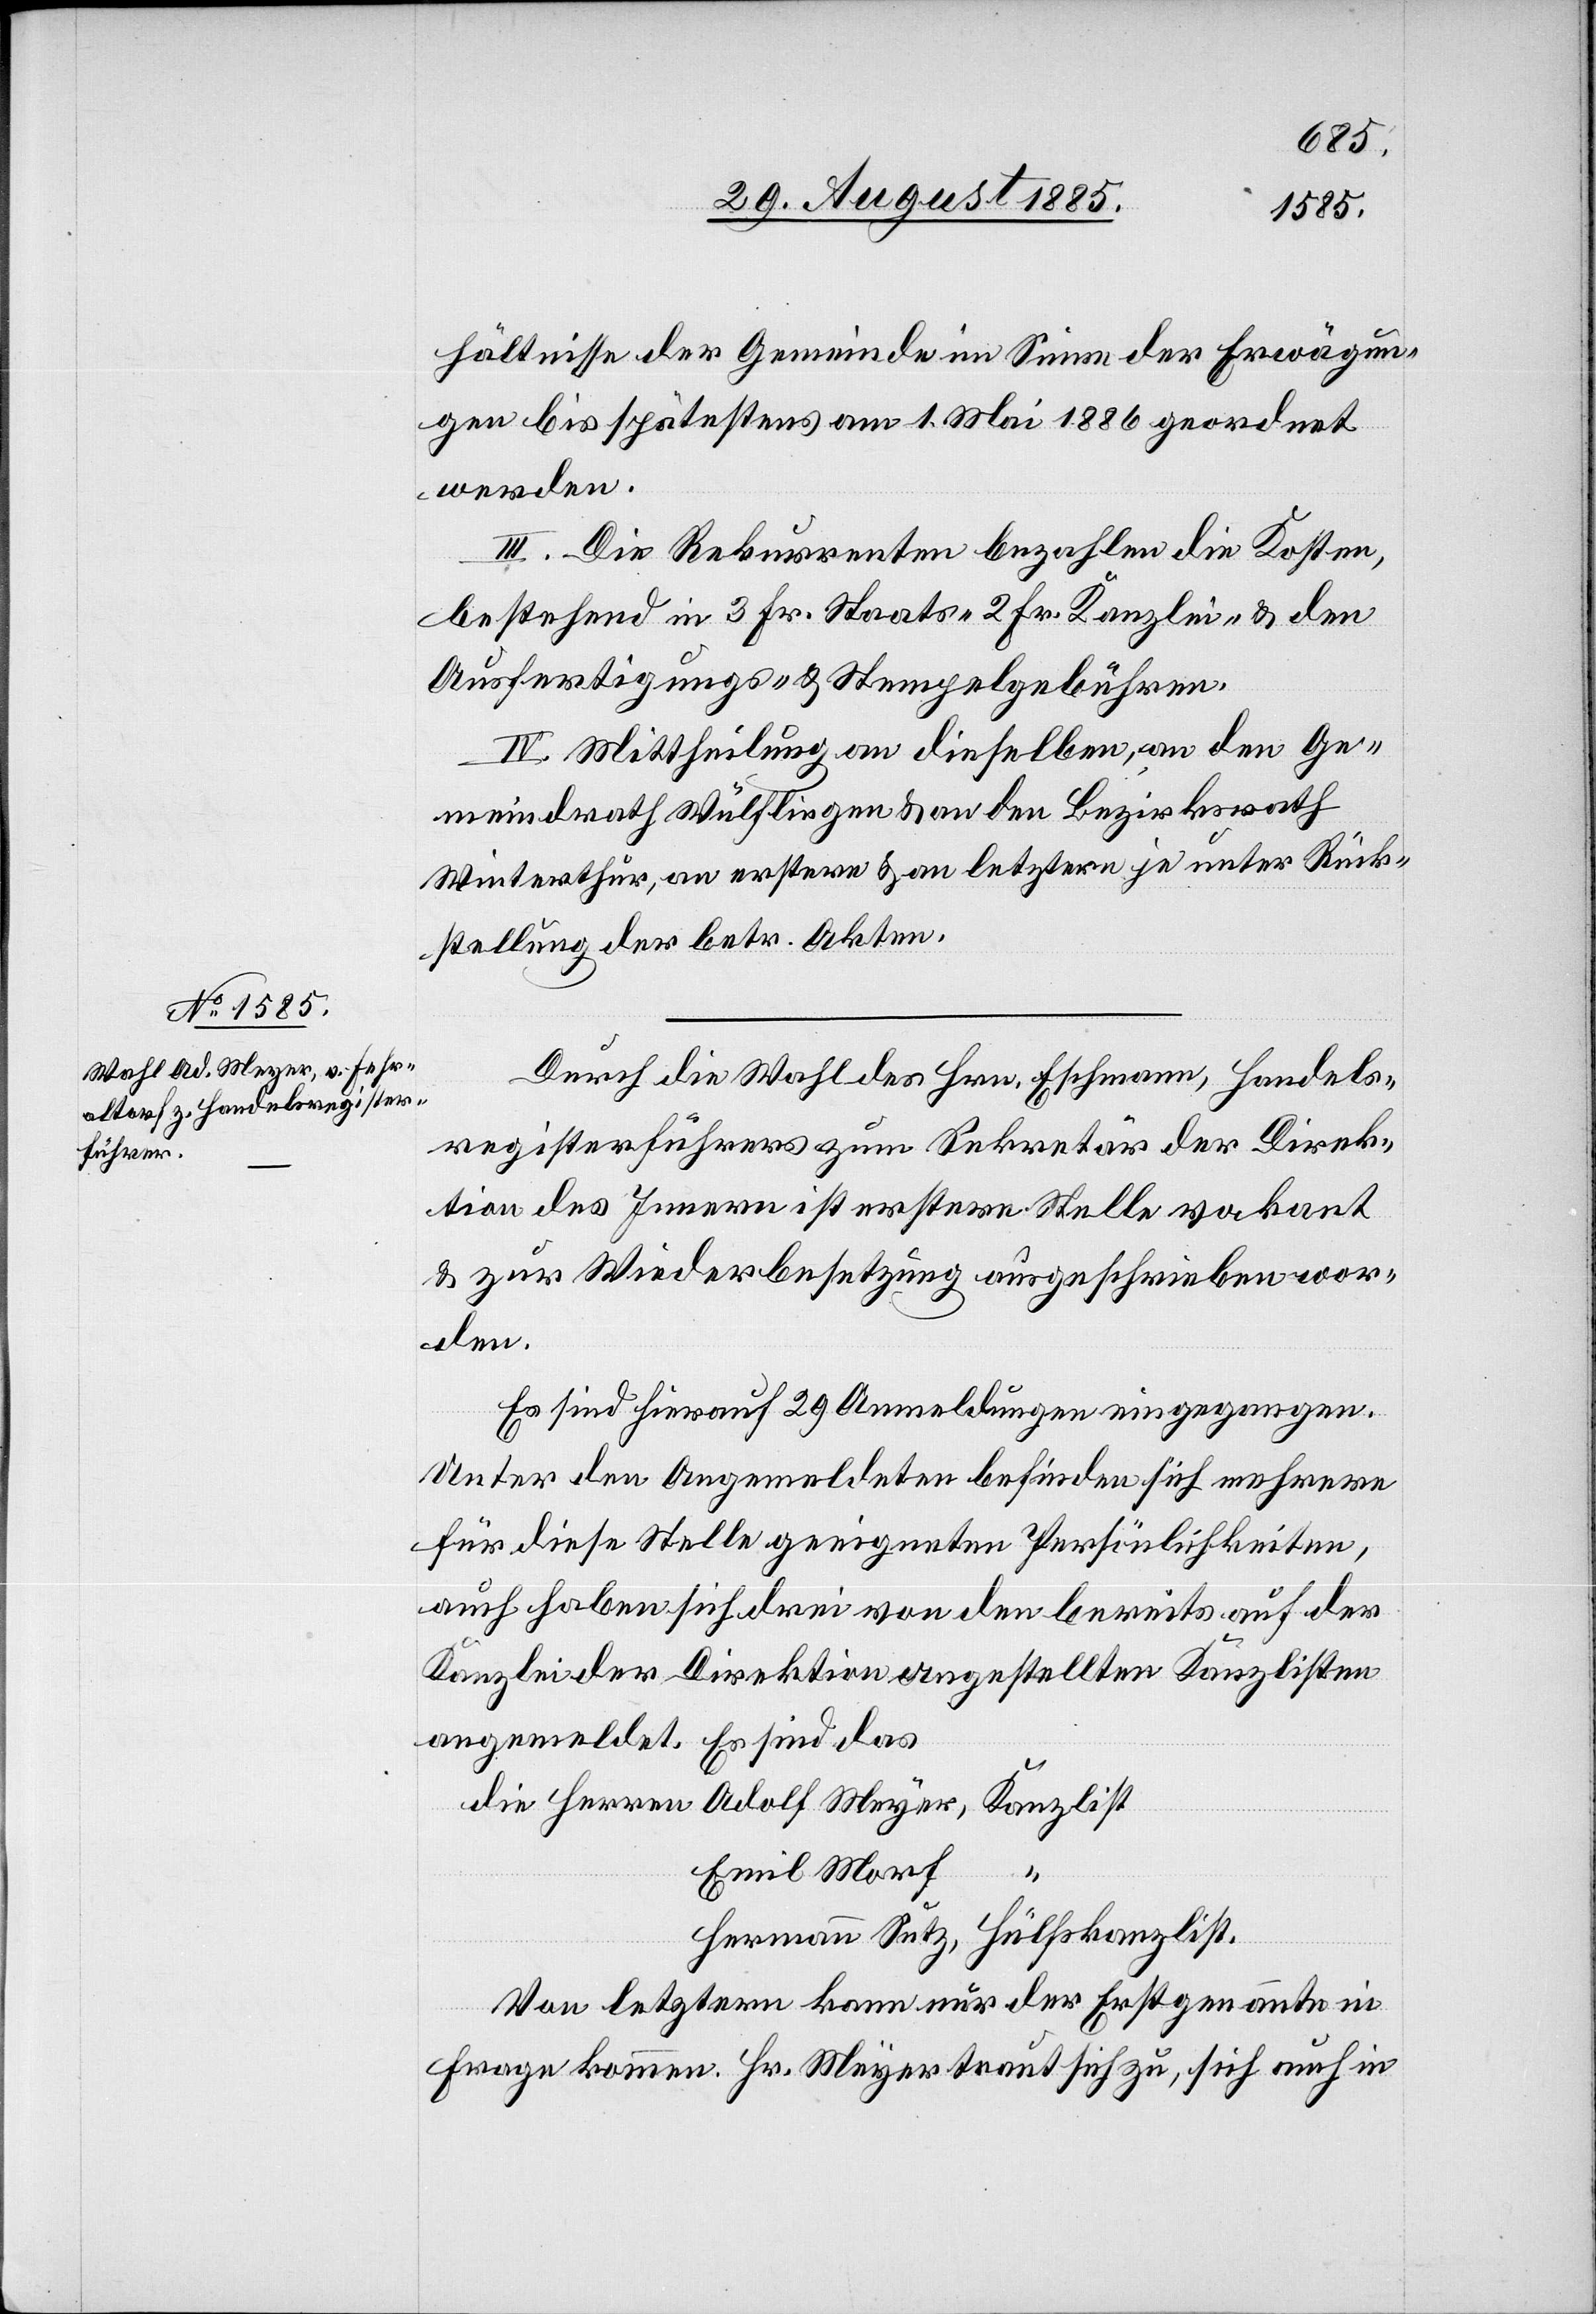
hältnisse der Gemeinde im Sinne der Erwägun¬
gen bis spätestens am 1. Mai 1886 geordnet
werden.
III: Die Rekurrenten bezahlen die Kosten,
bestehend in 3 Fr. Staats- 2 Fr. Kanzlei- & den
Ausfertigungs- & Stempelgebühren.
IV. Mittheilung an dieselben, an den Ge¬
meindrath Wülflingen & an den Bezirksrath
Winterthur, an erstere & an letztere je unter Rück¬
Durch die Wahl des Hrn. Eschmann, Handels¬
registerführers zum Sekretär der Direk¬
tion des Innern ist erstere Stelle vakant
& zur Wiederbesetzung ausgeschrieben wor¬
ist.
Es sind hierauf 29 Anmeldungen eingegangen.
Unter den Angemeldeten befinden sich mehrere
für diese Stelle geeignete Persönlichkeiten,
auch haben sich drei von den bereits auf der
Kanzlei der Direktion angestellten Kanzlisten
angemeldet. Es sind das
kanzl¬
Emil Morf
Von letztern kann nur der Erstgenannte in
Frage kommen. Hr. Meyer traut sich zu, sich auch in